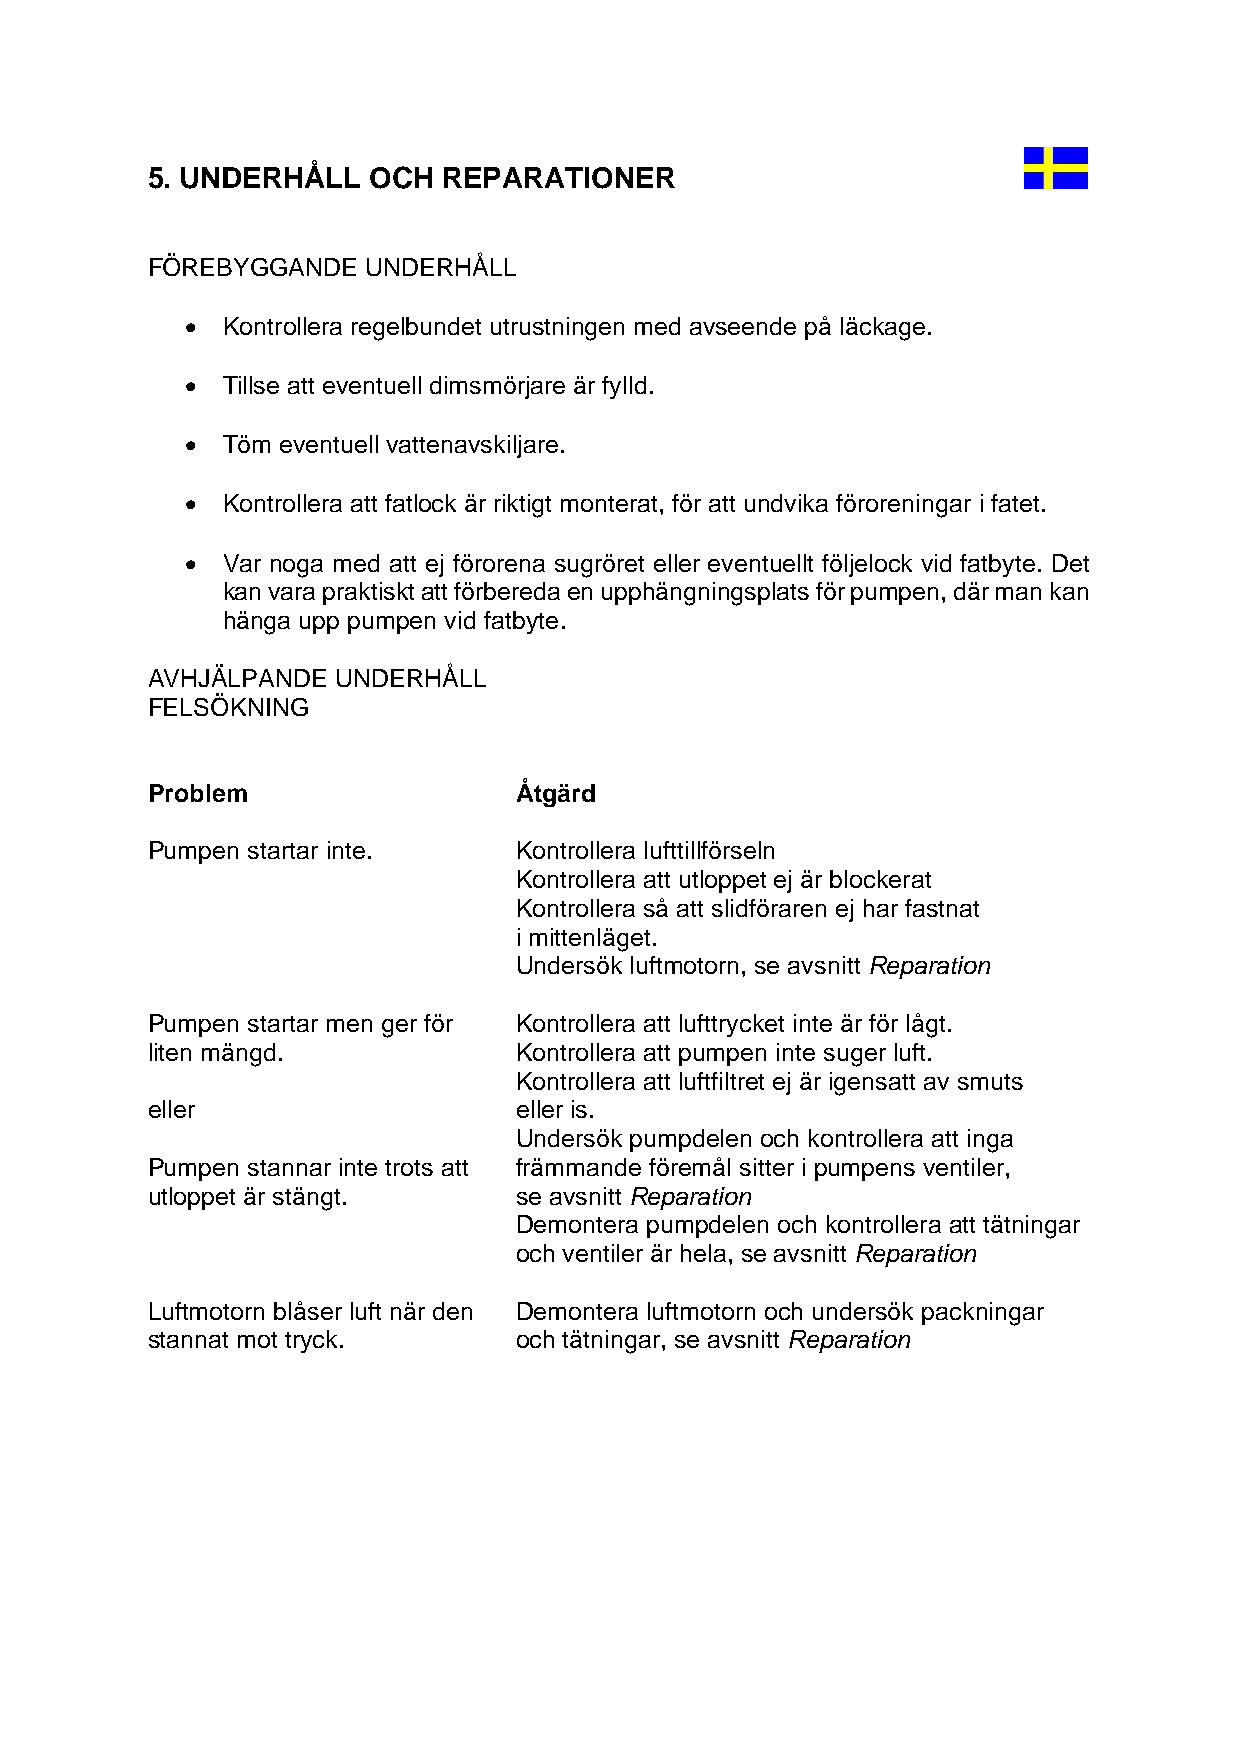
5. UNDERHÅLL  OCH  REPARATIONER
 FÖREBYGGANDE  UNDERHÅLL
 •  Kontrollera regelbundet utrustningen med avseende på läckage.
 •  Tillse att eventuell dimsmörjare är fylld.
 •  Töm eventuell vattenavskiljare.
 •  Kontrollera att fatlock är riktigt monterat, för att undvika föroreningar i fatet.
 •  Var noga med att ej förorena sugröret eller eventuellt följelock vid fatbyte. Det
 kan vara praktiskt att förbereda en upphängningsplats för pumpen, där man kan
 hänga upp pumpen vid fatbyte.
 AVHJÄLPANDE UNDERHÅLL
 FELSÖKNING
 Problem                 Åtgärd
 Pumpen startar inte.    Kontrollera lufttillförseln
 Kontrollera att utloppet ej är blockerat
 Kontrollera så att slidföraren ej har fastnat
 i mittenläget.
 Undersök luftmotorn, se avsnitt Reparation
 Pumpen startar men ger för Kontrollera att lufttrycket inte är för lågt.
 liten mängd.            Kontrollera att pumpen inte suger luft.
 Kontrollera att luftfiltret ej är igensatt av smuts
 eller                   eller is.
 Undersök pumpdelen och kontrollera att inga
 Pumpen stannar inte trots att främmande föremål sitter i pumpens ventiler,
 utloppet är stängt.     se avsnitt Reparation
 Demontera pumpdelen och kontrollera att tätningar
 och ventiler är hela, se avsnitt Reparation
 Luftmotorn blåser luft när den Demontera luftmotorn och undersök packningar
 stannat mot tryck.      och tätningar, se avsnitt Reparation